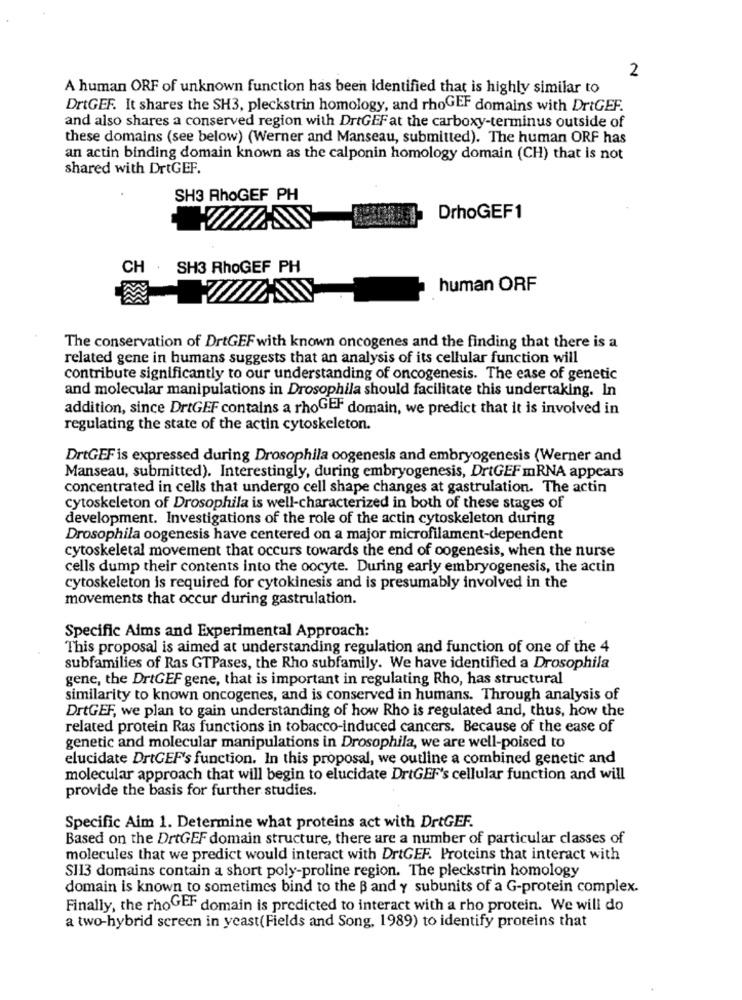
2
A human ORF of unknown function has been identified that is highly similar to
DrtGEF. It shares the SH3, pleckstrin homology, and rhoGEF domains with DrtGEF.
and also shares a conserved region with DrtGEF at the carboxy-terminus outside of
these domains (see below) (Werner and Manseau, submitted). The human ORF has
an actin binding domain known as the calponin homology domain (CH) that is not
shared with DrtGEF.
SH3 RhoGEF PH
DrhoGEF1
SH3 RhoGEF PH
human ORF
The conservation of DrtGEF with known oncogenes and the finding that there is a
related gene in humans suggests that an analysis of its cellular function will
contribute significantly to our understanding of oncogenesis. The ease of genetic
and molecular manipulations in Drosophila should facilitate this undertaking. In
addition, since DrtGEF contains a rhoGEF domain, we predict that it is involved in
regulating the state of the actin cytoskeleton.
DrtGEF is expressed during Drosophila oogenesis and embryogenesis (Werner and
Manseau, submitted). Interestingly, during embryogenesis, DrtGEF mRNA appears
concentrated in cells that undergo cell shape changes at gastrulation. The actin
cytoskeleton of Drosophila is well-characterized in both of these stages of
development. Investigations of the role of the actin cytoskeleton during
Drosophila oogenesis have centered on a major microfilament-dependent
cytoskeletal movement that occurs towards the end of oogenesis, when the nurse
cells dump their contents into the oocyte. During early embryogenesis, the actin
cytoskeleton is required for cytokinesis and is presumably involved in the
movements that occur during gastrulation.
Specific Aims and Experimental Approach:
This proposal is aimed at understanding regulation and function of one of the 4
subfamilies of Ras GTPases, the Rho subfamily. We have identified a Drosophila
gene, the DrtGEF gene, that is important in regulating Rho, has structural
similarity to known oncogenes, and is conserved in humans. Through analysis of
DrtGEF, we plan to gain understanding of how Rho is regulated and, thus, how the
related protein Ras functions in tobacco-induced cancers. Because of the ease of
genetic and molecular manipulations in Drosophila, we are well-poised to
elucidate DrtGEF's function. In this proposal, we outline a combined genetic and
molecular approach that will begin to elucidate DriGEF's cellular function and will
provide the basis for further studies.
Specific Aim 1. Determine what proteins act with DrtGEF.
Based on the DrtGEF domain structure, there are a number of particular classes of
molecules that we predict would interact with DrtGEF. Proteins that interact with
S113 domains contain a short poly-proline region. The pleckstrin homology
domain is known to sometimes bind to the Band y subunits of a G-protein complex.
Finally, the rhoGEF domain is predicted to interact with a rho protein. We will do
a two-hybrid screen in yeast(Fields and Song, 1989) to identify proteins that